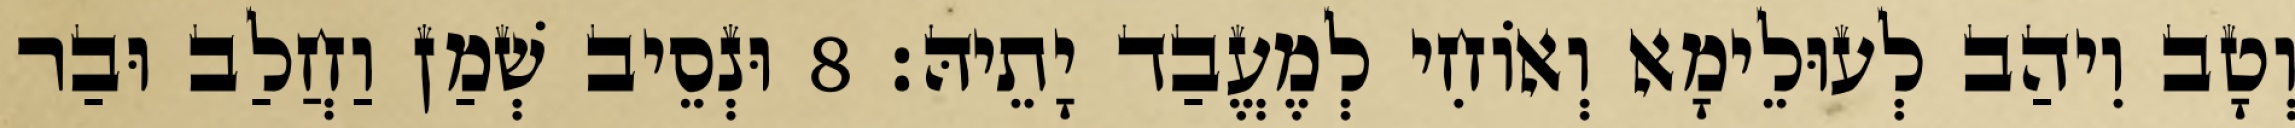
וְטָב וִיהַב לְעוּלֵימָא וְאוֹחִי לְמֶעֱבַד יָתֵיהּ׃ 8 וּנְסֵיב שְׁמַן וַחֲלַב וּבַר